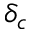
\delta _ { c }